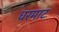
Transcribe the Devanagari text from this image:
धरमाट